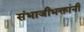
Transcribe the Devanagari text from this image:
संभाजीभक्तांनी